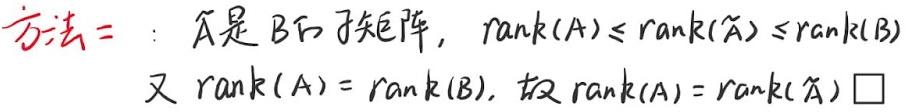
方法二：$\widetilde{A}$ 是 $B$ 的子矩阵，$\mathrm{rank}(A)\leq \mathrm{rank}(\widetilde{A})\leq \mathrm{rank}(B)$
又 $\mathrm{rank}(A)=\mathrm{rank}(B)$，故 $\mathrm{rank}(A)=\mathrm{rank}(\widetilde{A})$ $\square$